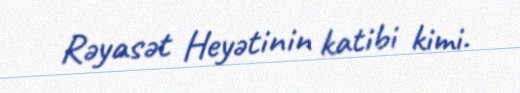
Rəyasət Heyətinin katibi kimi.